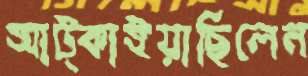
আট্‌কাইয়াছিলেন